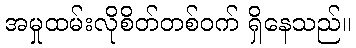
အမှုထမ်းလိုစိတ်တစ်ဝက် ရှိနေသည်။